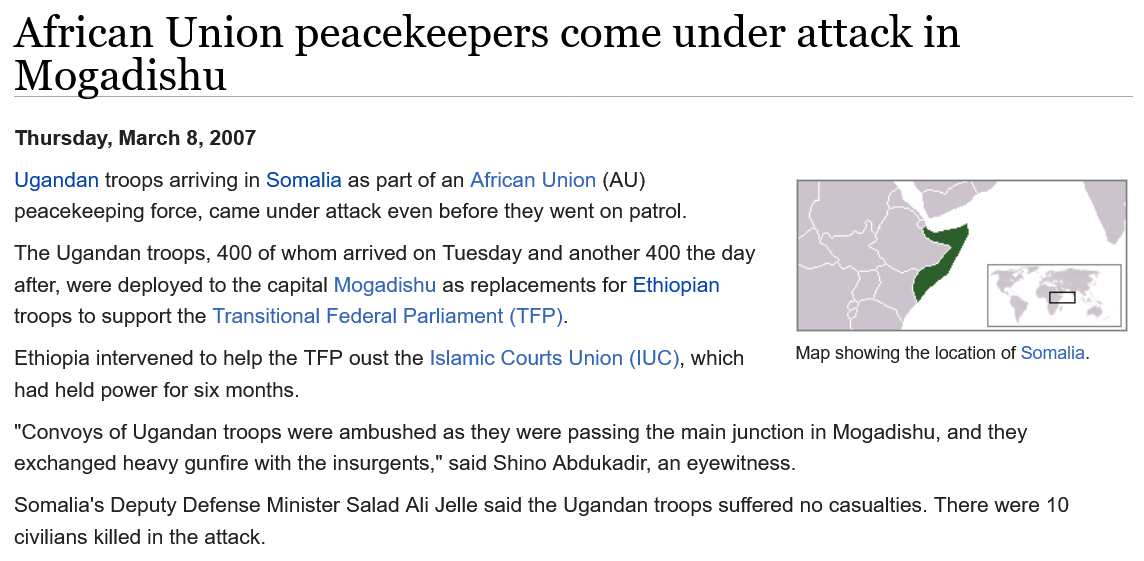
African    Union    peacekeepers    come    under    attack    in
  Mogadishu

     y
     ce

  Ugandan troops arriving in Somalia as part of an African Union (AU)
  peacekeeping force, came under attack even before they went on patrol.
  The Ugandan troops, 400 of whom arrived on Tuesday and another 400 the day
  after, were deployed to the capital Mogadishu as replacements for Ethiopian
  troops to support the Transitional Federal Parliament (TFP).
  Ethiopia intervened to help the TFP oust the Islamic Courts Union (IUC), which
  had held power for six months.
  “Convoys of Ugandan troops were ambushed as they were passing the main junction in Mogadishu, and they
  exchanged heavy gunfire with the insurgents," said Shino Abdukadir, an eyewitness.
  Somalia's Deputy Defense Minister Salad Ali Jelle said the Ugandan troops suffered no casualties. There were 10
  civilians killed in the attack.
  Thursday, March 8, 2007
     Map showing the location of Somalia.